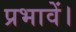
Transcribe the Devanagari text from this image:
प्रभावें।